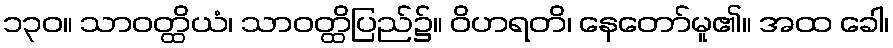
၁၃၀။ သာဝတ္ထိယံ၊ သာဝတ္ထိပြည်၌။ ဝိဟရတိ၊ နေတော်မူ၏။ အထ ခေါ၊